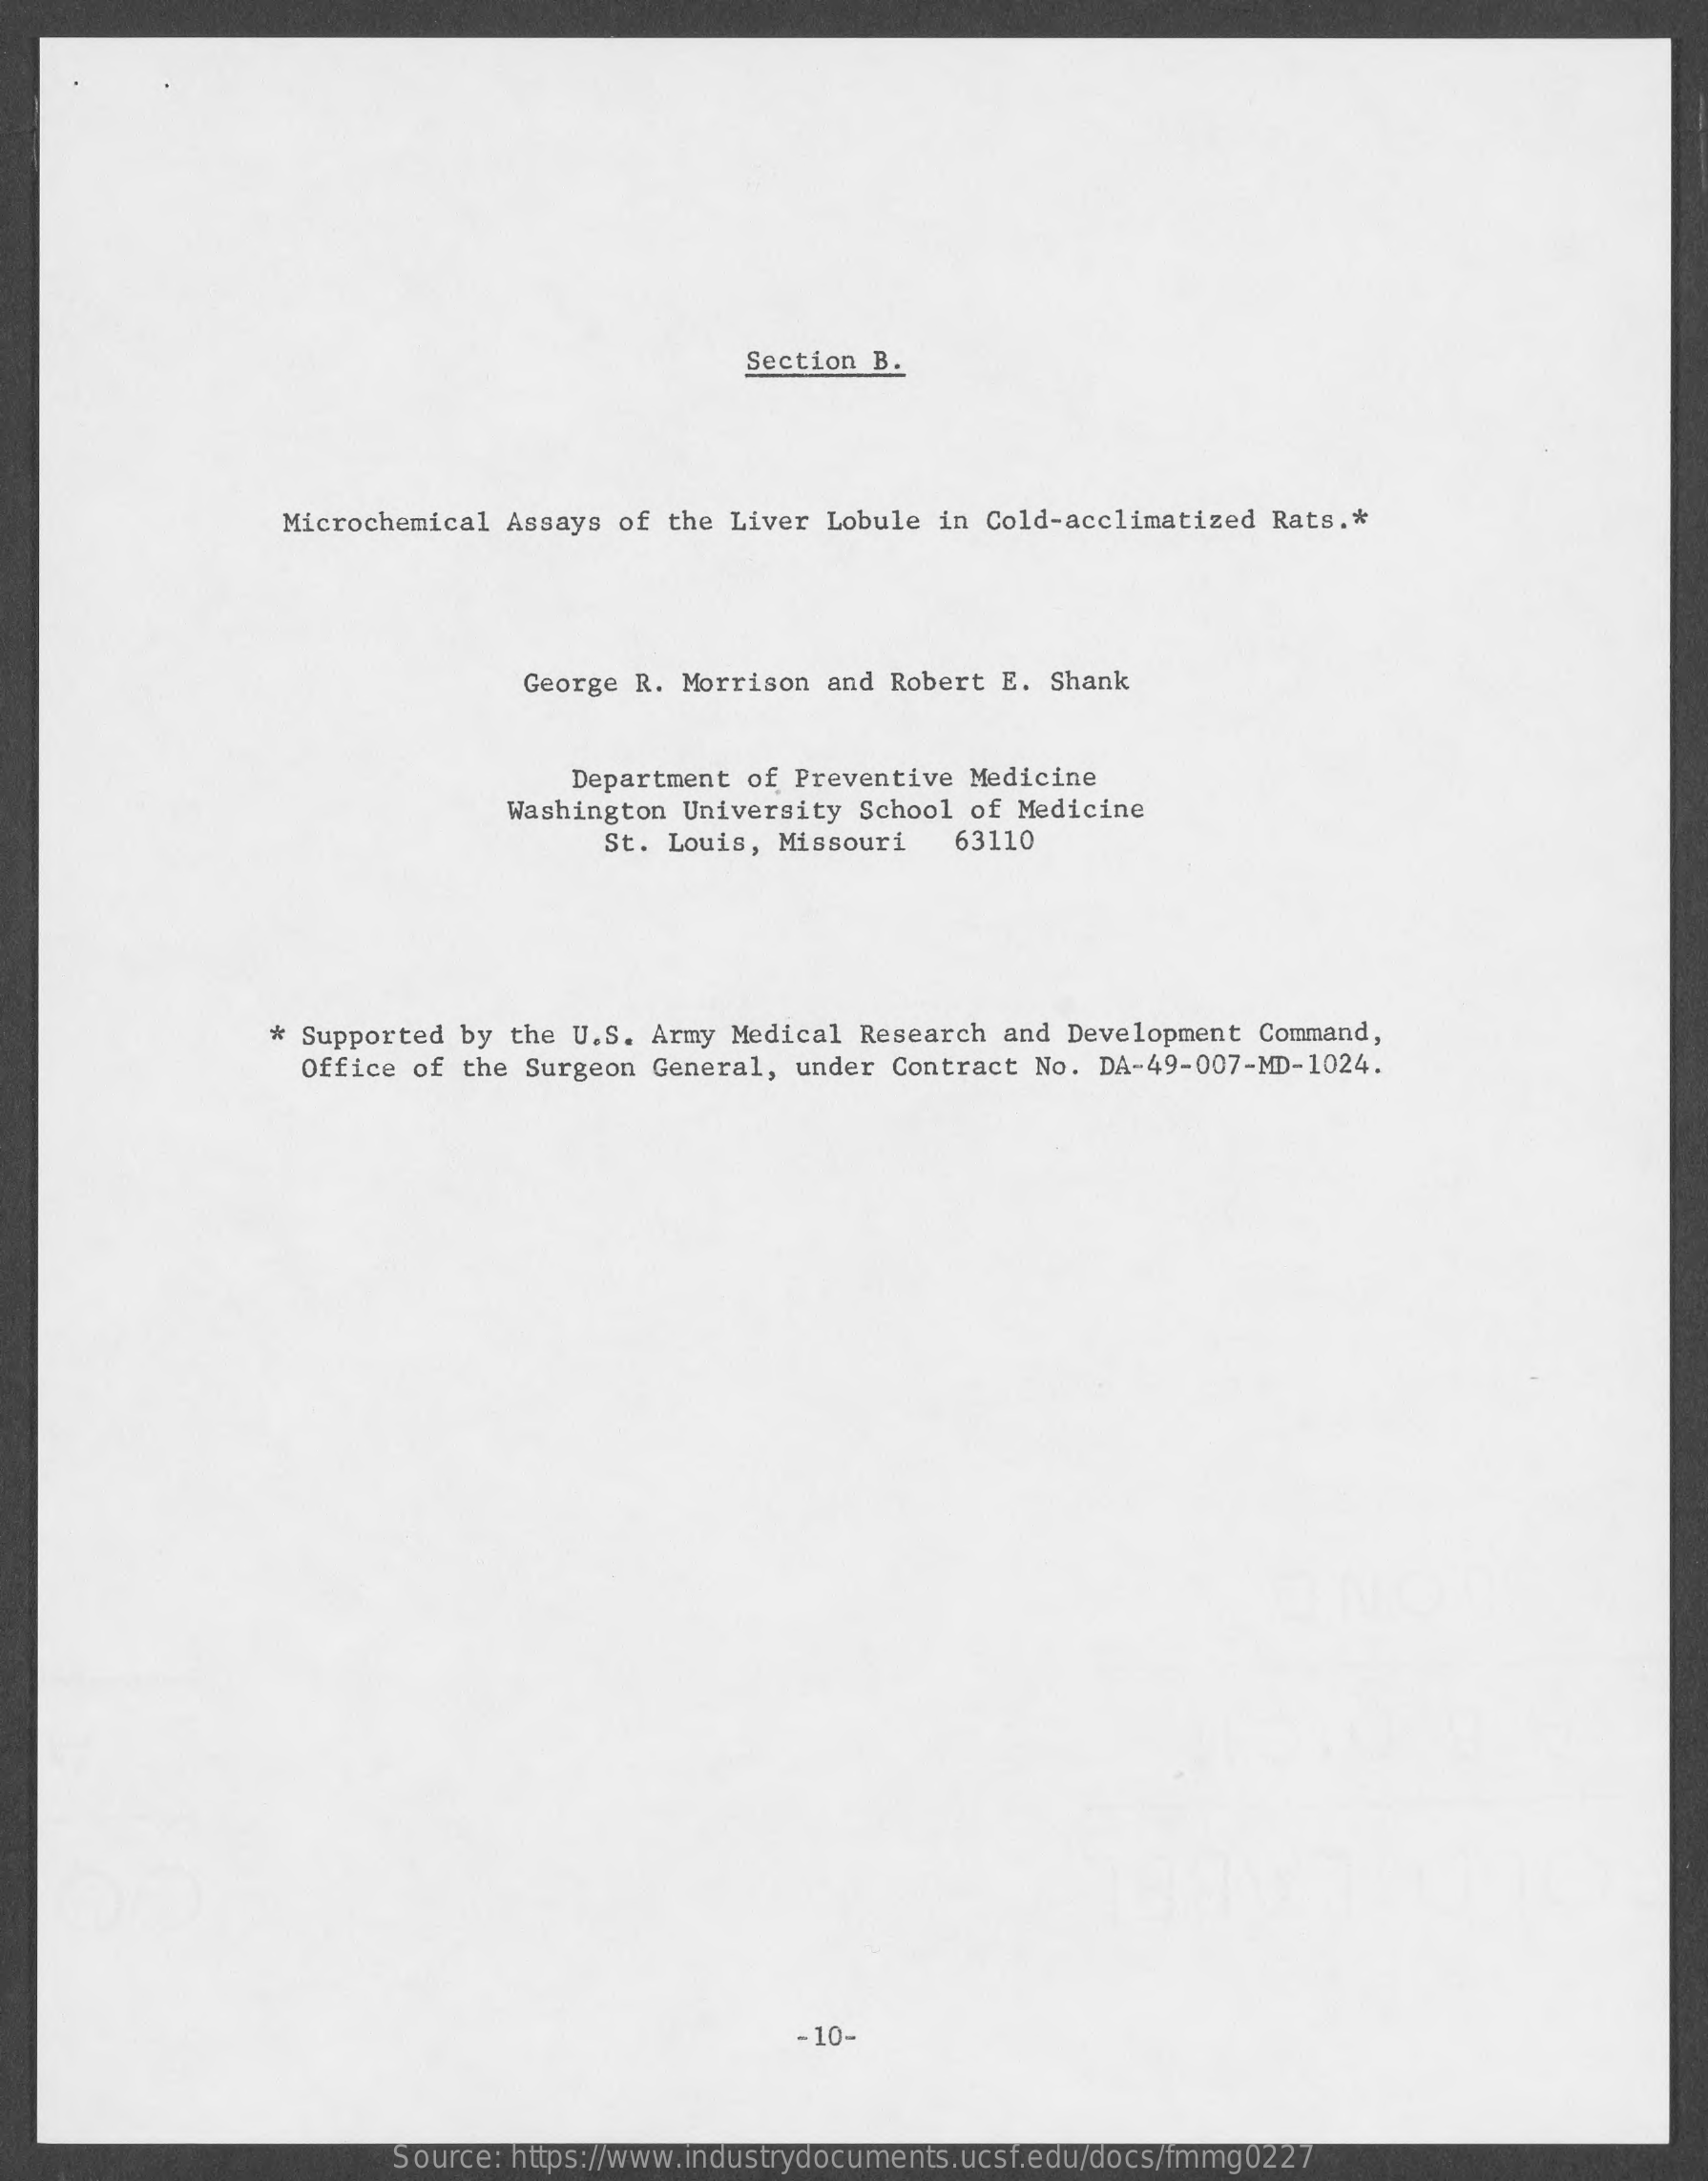
Section B.
     Microchemical Assays of the Liver Lobule in Cold-acclimatized Rats. *
     George R. Morrison and Robert E. Shank
     Department of Preventive Medicine
     Washington University School of Medicine
     St. Louis, Missouri 63110
     * Supported by the U.S. Army Medical Research and Development Command,
     Office of the Surgeon General, under Contract No. DA-49-007-MD-1024.
     -10-
     Source: https://www.industrydocuments.ucsf.edu/docs/fmmg0227